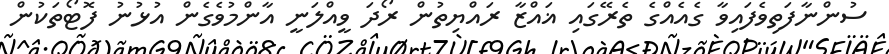
ސުންނާފަތިވެފައިވާ ގެއެއްގެ ތެރޭގައި ޣައްޒާ ރައްޔިތުން ރޯދަ ވީއްލަނީ އާންމުވެގެން އުޅުނު ފޮޓޯތަކުން